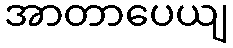
အာတာပေယျ